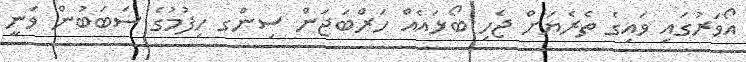
އޯވަރުގައި ވައިގެ ތެރެޔަށް ޖެހި ބޯޅައެއް ހަރްބަޖަން ސިންގ ހިފުމުގެ ސަބަބުން ވަނީ